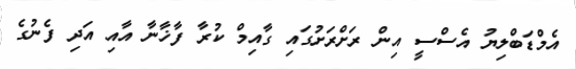
އެމްޑަބްލިޔު އެސްސީ އިން ރަށްރަށުގައި ގާއިމް ކުރާ ފާޚާނާ އާއި އަދި ފެނުގެ